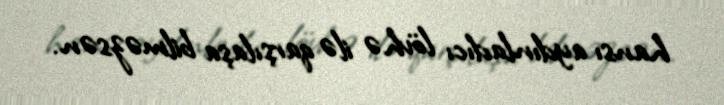
hansı aydınladıcı lövhə ilə qarşılaşa bilməzsən.